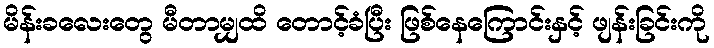
မိန်းခလေးတွေ မီတာမျှထိ တောင့်ခံပြီး ဖြစ်နေကြောင်းနှင့် ဖျန်းခြင်းကို